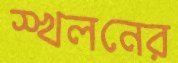
স্খলনের